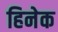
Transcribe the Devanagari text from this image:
हिनेक